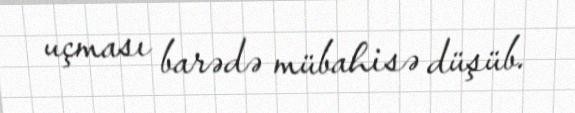
uçması barədə mübahisə düşüb.